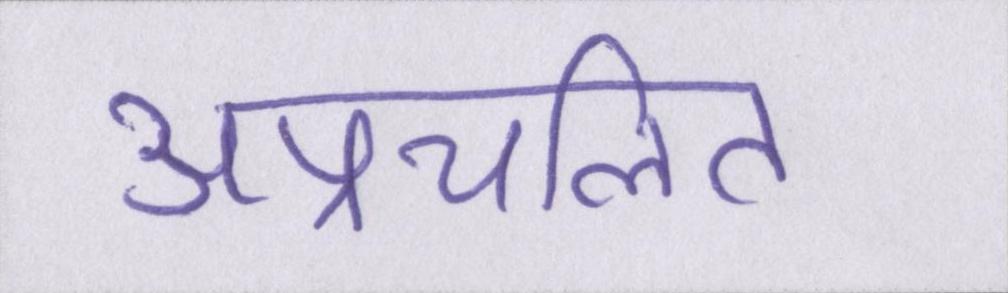
अप्रचलित